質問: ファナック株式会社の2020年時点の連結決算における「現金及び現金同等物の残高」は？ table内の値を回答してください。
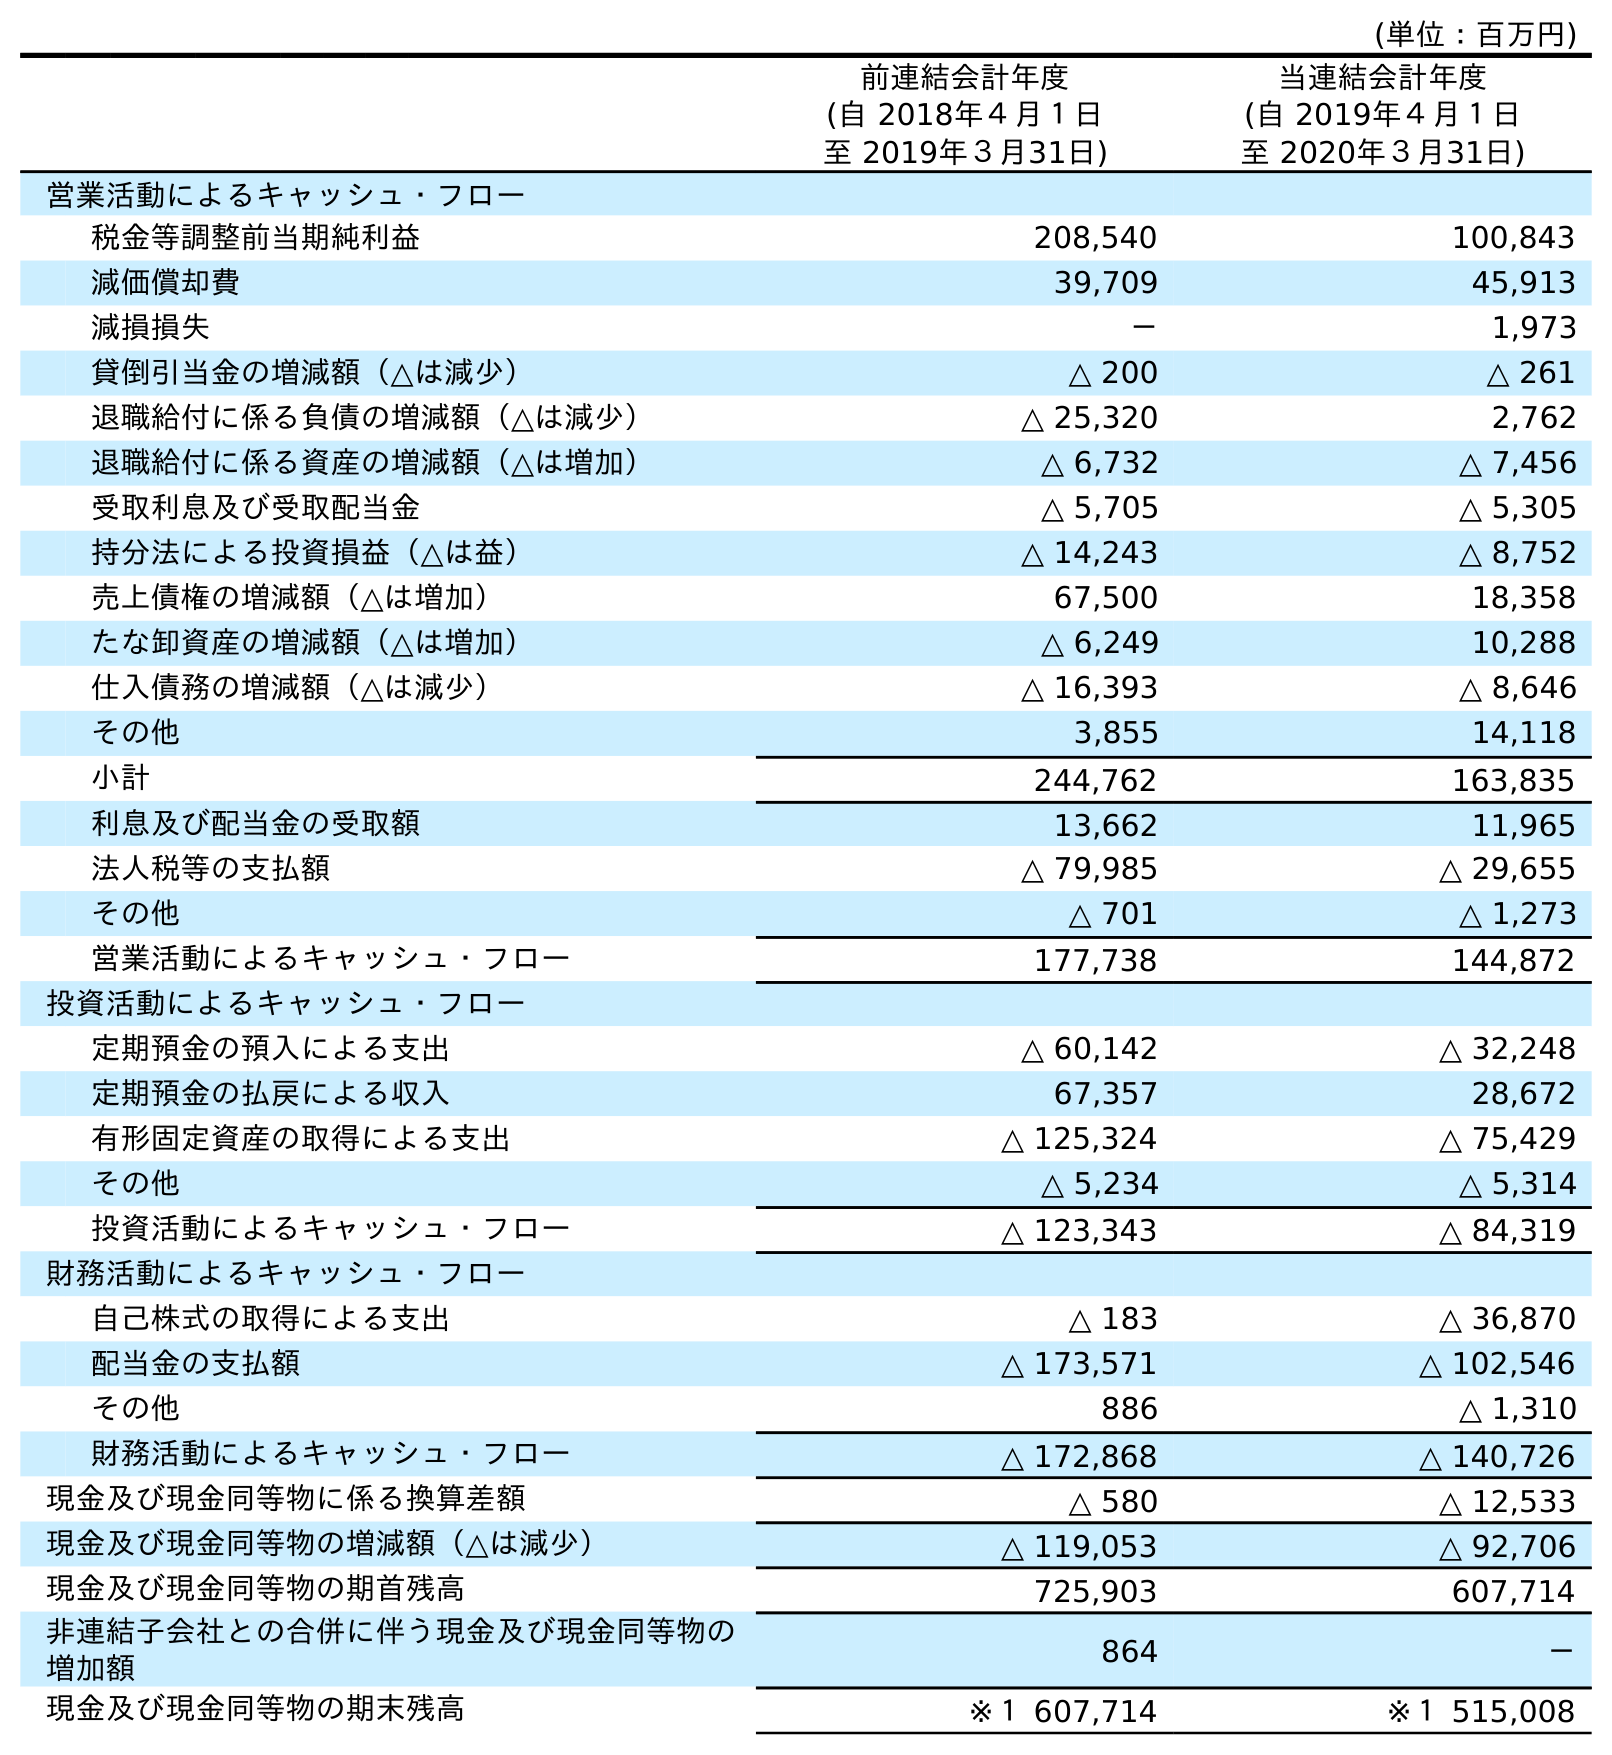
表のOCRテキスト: (単位：百万円) 前連結会計年度 (自 2018年４月１日 至 2019年３月31日) 当連結会計年度 (自 2019年４月１日 至 2020年３月31日) 営業活動によるキャッシュ・フロー 税金等調整前当期純利益 208,540 100,843 減価償却費 39,709 45,913 減損損失 － 1,973 貸倒引当金の増減額（△は減少） △ 200 △ 261 退職給付に係る負債の増減額（△は減少） △ 25,320 2,762 退職給付に係る資産の増減額（△は増加） △ 6,732 △ 7,456 受取利息及び受取配当金 △ 5,705 △ 5,305 持分法による投資損益（△は益） △ 14,243 △ 8,752 売上債権の増減額（△は増加） 67,500 18,358 たな卸資産の増減額（△は増加） △ 6,249 10,288 仕入債務の増減額（△は減少） △ 16,393 △ 8,646 その他 3,855 14,118 小計 244,762 163,835 利息及び配当金の受取額 13,662 11,965 法人税等の支払額 △ 79,985 △ 29,655 その他 △ 701 △ 1,273 営業活動によるキャッシュ・フロー 177,738 144,872 投資活動によるキャッシュ・フロー 定期預金の預入による支出 △ 60,142 △ 32,248 定期預金の払戻による収入 67,357 28,672 有形固定資産の取得による支出 △ 125,324 △ 75,429 その他 △ 5,234 △ 5,314 投資活動によるキャッシュ・フロー △ 123,343 △ 84,319 財務活動によるキャッシュ・フロー 自己株式の取得による支出 △ 183 △ 36,870 配当金の支払額 △ 173,571 △ 102,546 その他 886 △ 1,310 財務活動によるキャッシュ・フロー △ 172,868 △ 140,726 現金及び現金同等物に係る換算差額 △ 580 △ 12,533 現金及び現金同等物の増減額（△は減少） △ 119,053 △ 92,706 現金及び現金同等物の期首残高 725,903 607,714 非連結子会社との合併に伴う現金及び現金同等物の 増加額 864 － 現金及び現金同等物の期末残高 ※１ 607,714 ※１ 515,008
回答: ※１515,008